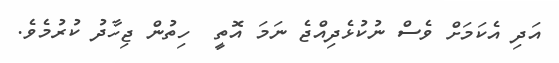
އަދި އެކަމަށް ވެސް ނުކުޅެދިއްޖެ ނަމަ އޮތީ  ހިތުން ޖިހާދު ކުރުމެވެ.